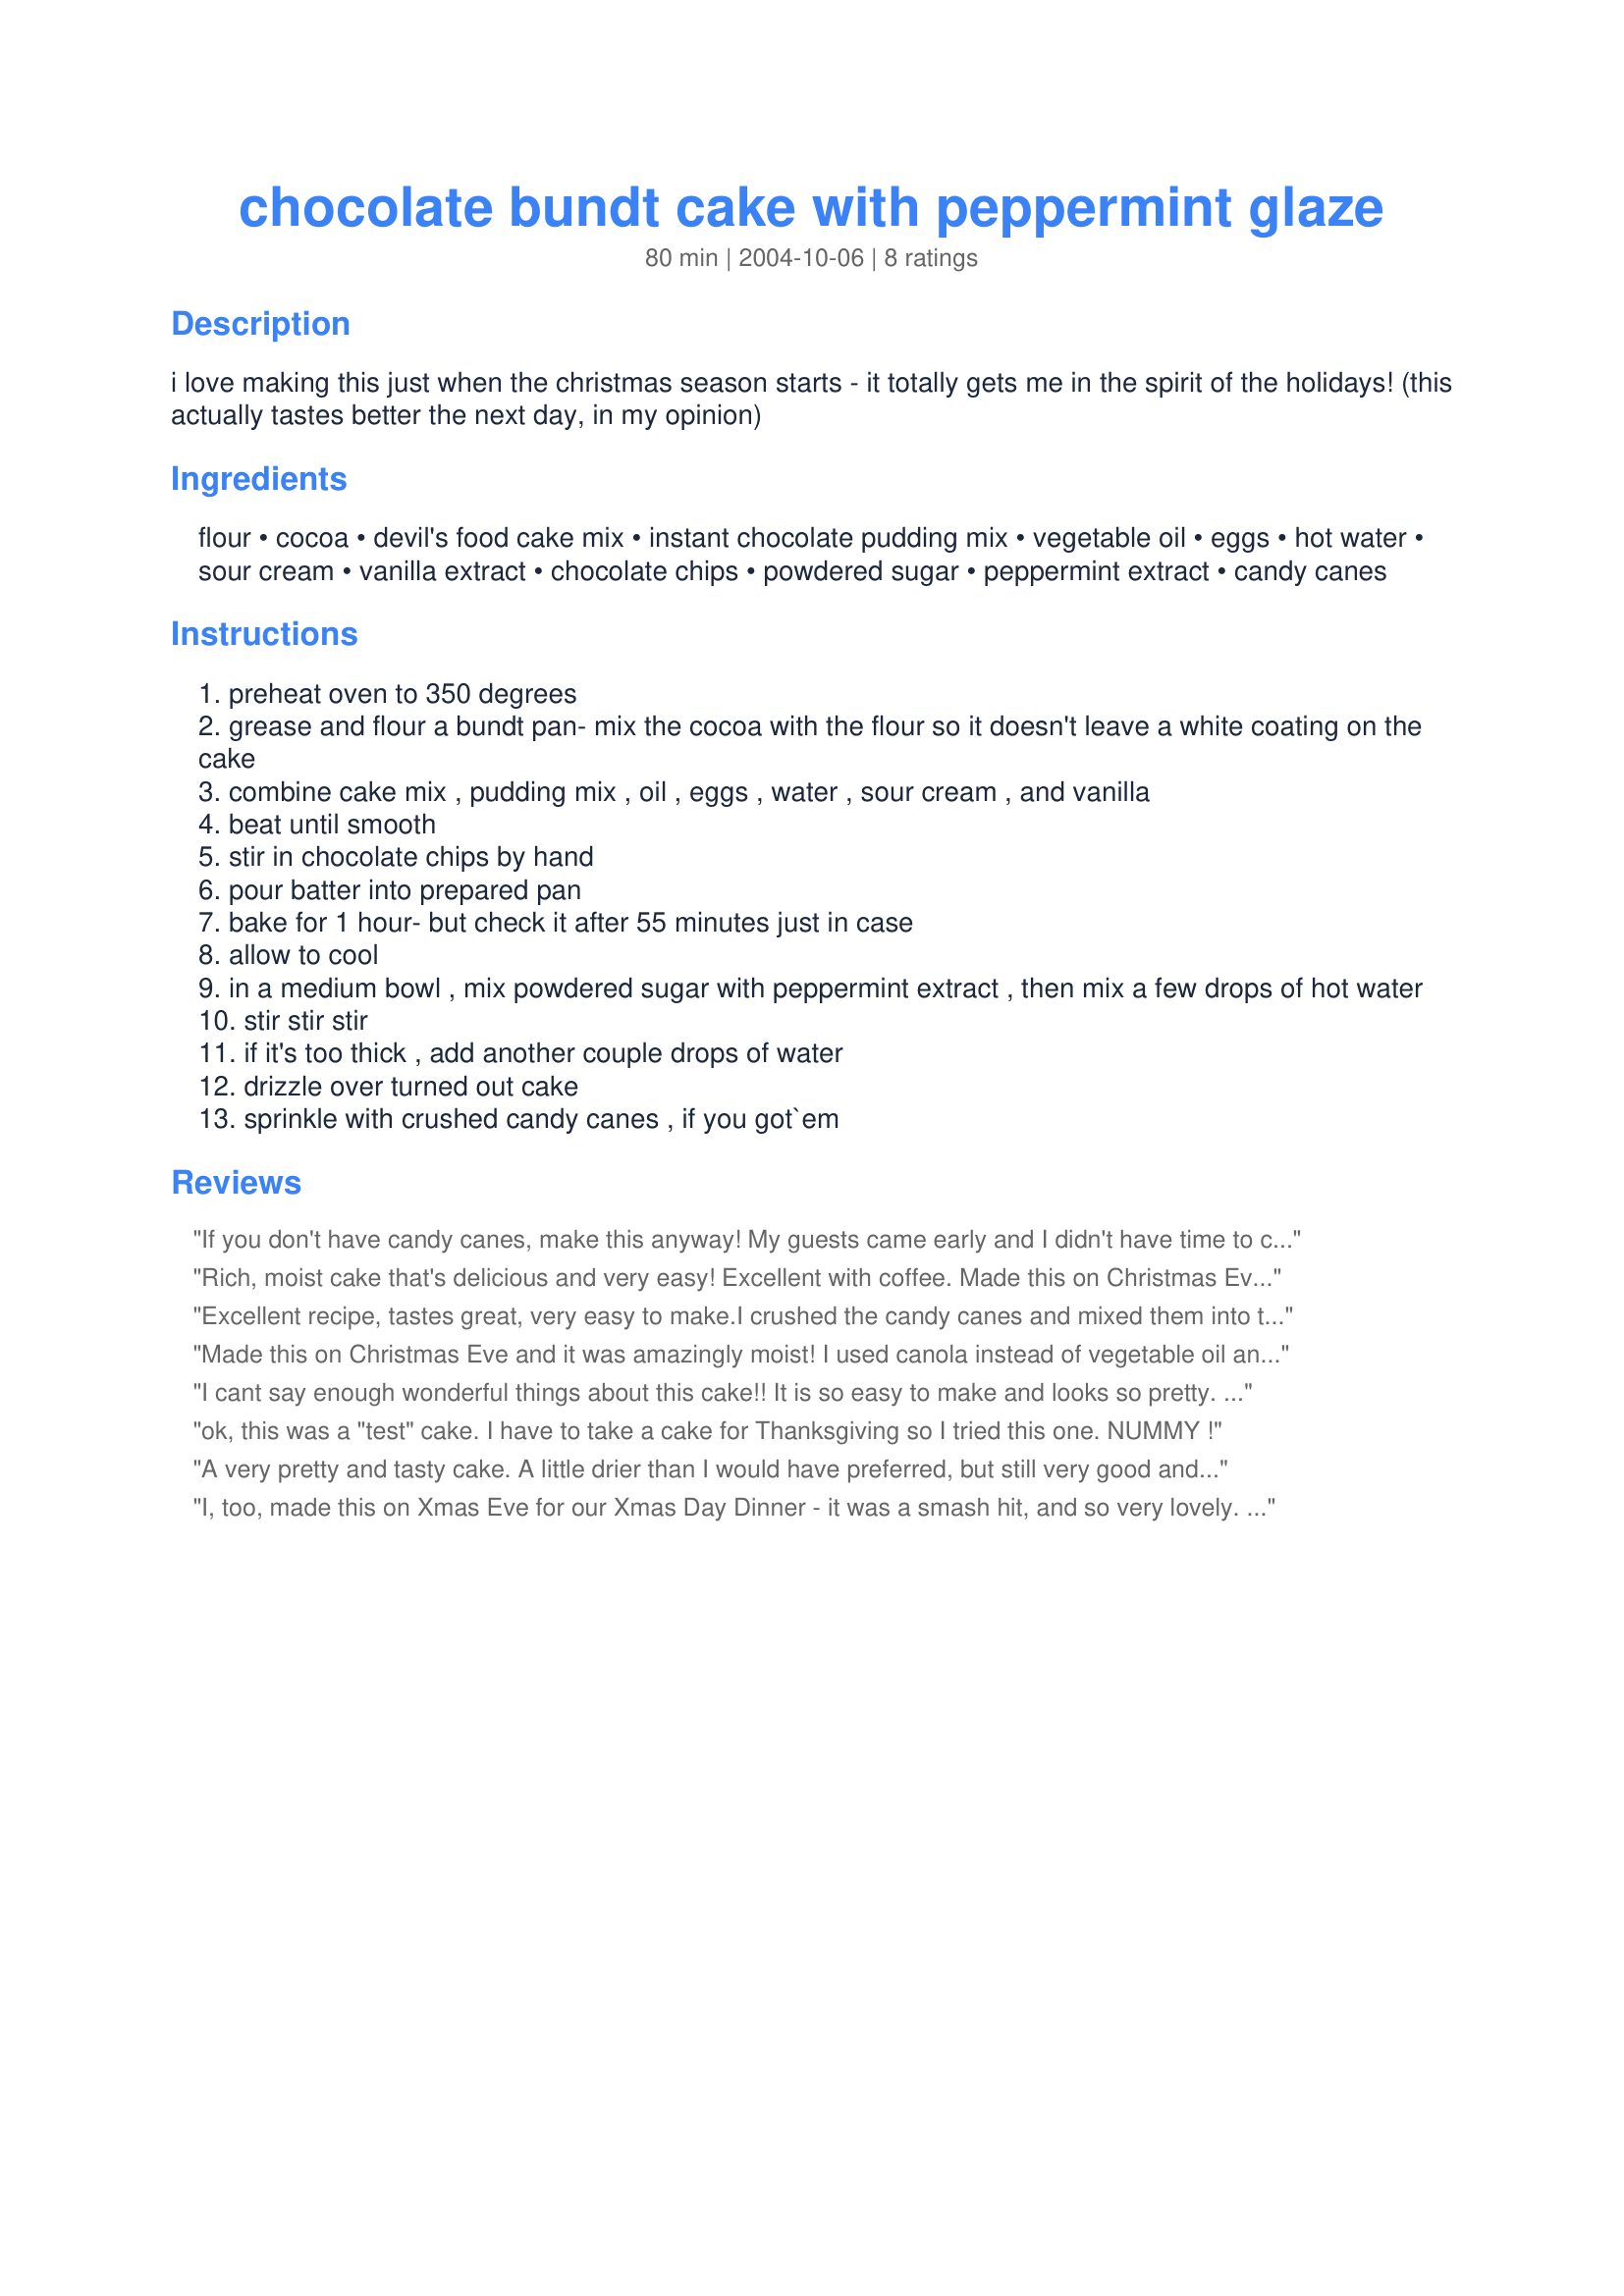
chocolate bundt cake with peppermint glaze
Preparation time: 80 minutes

i love making this just when the christmas season starts - it totally gets me in the spirit of the holidays! (this actually tastes better the next day, in my opinion)

Ingredients:
flour, cocoa, devil's food cake mix, instant chocolate pudding mix, vegetable oil, eggs, hot water, sour cream, vanilla extract, chocolate chips, powdered sugar, peppermint extract, candy canes

Steps:
preheat oven to 350 degrees
grease and flour a bundt pan- mix the cocoa with the flour so it doesn't leave a white coating on the cake
combine cake mix , pudding mix , oil , eggs , water , sour cream , and vanilla
beat until smooth
stir in chocolate chips by hand
pour batter into prepared pan
bake for 1 hour- but check it after 55 minutes just in case
allow to cool
in a medium bowl , mix powdered sugar with peppermint extract , then mix a few drops of hot water
stir stir stir
if it's too thick , add another couple drops of water
drizzle over turned out cake
sprinkle with crushed candy canes , if you got`em

Reviews:
If you don't have candy canes, make this anyway! My guests came early and <br/>I didn't have time to chop up the candy canes so I just left them off. I still got lots of praise and several request for the recipe. We will be making this again!
Rich, moist cake that's delicious and very easy! Excellent with coffee. Made this on Christmas Eve for Christmas Day dinner and was surprised how much minty flavor the cake had after being stored overnight. Would definitely suggest making ahead. Used two candy canes, crushed, on top which looked beautiful and very festive. Thanks for sharing the recipe!
Excellent recipe, tastes great, very easy to make.I crushed the candy canes and mixed them into the icing give it holiday color. I had to print the recipe up for my sister.
Made this on Christmas Eve and it was amazingly moist! I used canola instead of vegetable oil and crushed a dozen peppermint candies on top. Heavenly - definitely 'special occasion' worthy.
I cant say enough wonderful things about this cake!! It is so easy to make and looks so pretty. I did mix the crushed candy cane pieces into the glaze, as I found it helped them stick better.
ok, this was a "test" cake. I have to take a cake for Thanksgiving so I tried this one. NUMMY !
A very pretty and tasty cake. A little drier than I would have preferred, but still very good and enjoyed by all.
I, too, made this on Xmas Eve for our Xmas Day Dinner - it was a smash hit, and so very lovely. My one concern was that I couldn't find a 1 1/2 ounce box of pudding mix - it was something like 4 oz. I just dumped the whole thing in there anyway! (My rum cake is similar proportions and uses the same size box) Came out beautifully moist and delicious. I'm looking forward to leftovers tomorrow with coffee!
